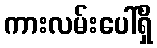
ကားလမ်းပေါ်ရှိ